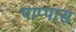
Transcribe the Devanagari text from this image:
पाप्पास